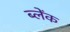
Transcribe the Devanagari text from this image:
ब्लेंक